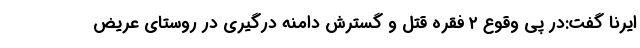
ایرنا گفت:در پی وقوع ۲ فقره قتل و گسترش دامنه درگیری در روستای عریض